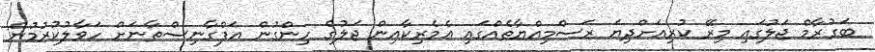
ބަގުރާމް ޖަލުގައި މިރޭ ކުރިއަށްދިޔަ ރަސްމިއްޔާތެއްގައި އެމެރިކާއިން ޖަލުގެ ހިންގުން އަފްގާނިސްތާނަށް ހަވާލުކުރުމުން